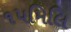
૧૫મિલિ